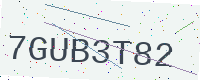
Text: 7GUB3T82